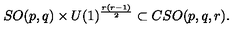
S O ( p , q ) \times U ( 1 ) ^ { \frac { r \left( r - 1 \right) } { 2 } } \subset C S O ( p , q , r ) .